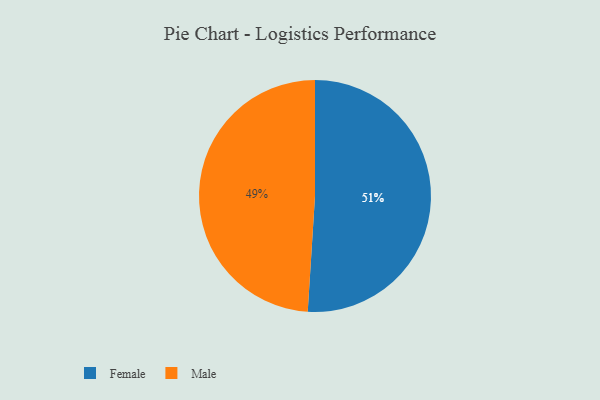
{"axis": {"x": "Category", "y": "Percentage"}, "legend": ["Female", "Male"], "data": [{"x": "Female", "y": 51, "type": "Female"}, {"x": "Male", "y": 49, "type": "Male"}]}